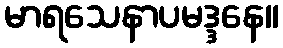
မာရသေနာပမဒ္ဒနေ။